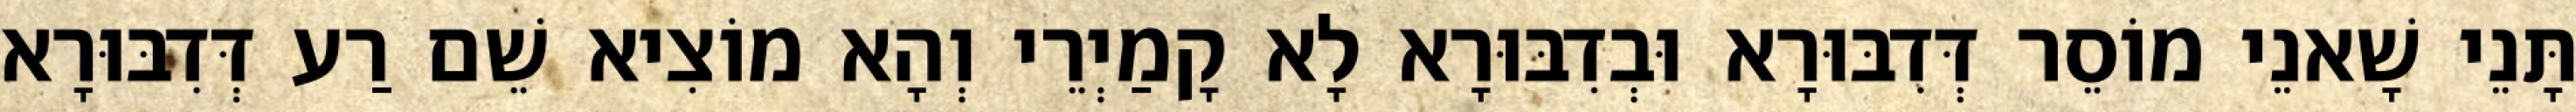
תָּנֵי שָׁאנֵי מוֹסֵר דְּדִבּוּרָא וּבְדִבּוּרָא לָא קָמַיְרֵי וְהָא מוֹצִיא שֵׁם רַע דְּדִבּוּרָא